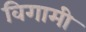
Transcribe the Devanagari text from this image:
विगामी